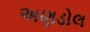
અણડોલ